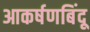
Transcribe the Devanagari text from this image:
आकर्षणबिंदू